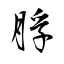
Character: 脬